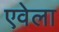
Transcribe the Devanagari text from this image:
एवेला